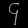
Digit: ၄